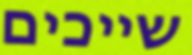
שייכים